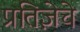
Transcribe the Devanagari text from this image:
प्रतिज्ञेचे